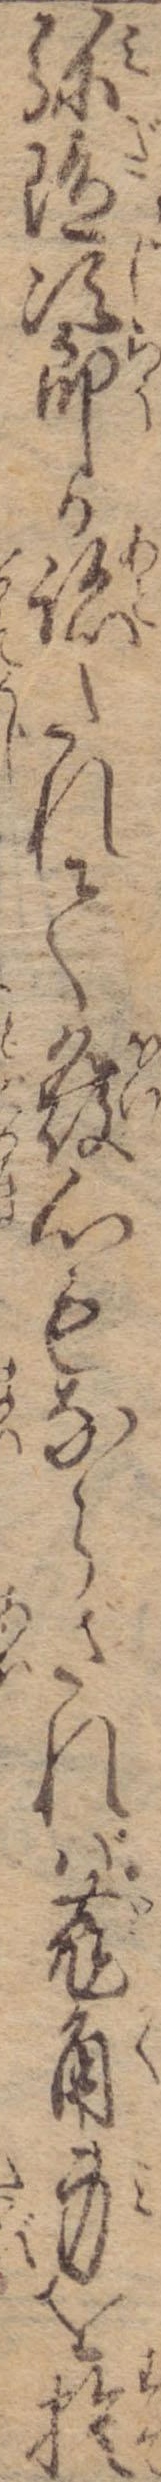
弥陀次郎か跡たれて発心もならざれば菟角身を捨